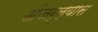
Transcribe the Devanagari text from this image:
अंजर्ल्यास